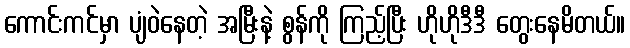
ကောင်းကင်မှာ ပျံဝဲနေတဲ့ အမြီးနဲ့ စွန်ကို ကြည့်ပြီး ဟိုဟိုဒီဒီ တွေးနေမိတယ်။